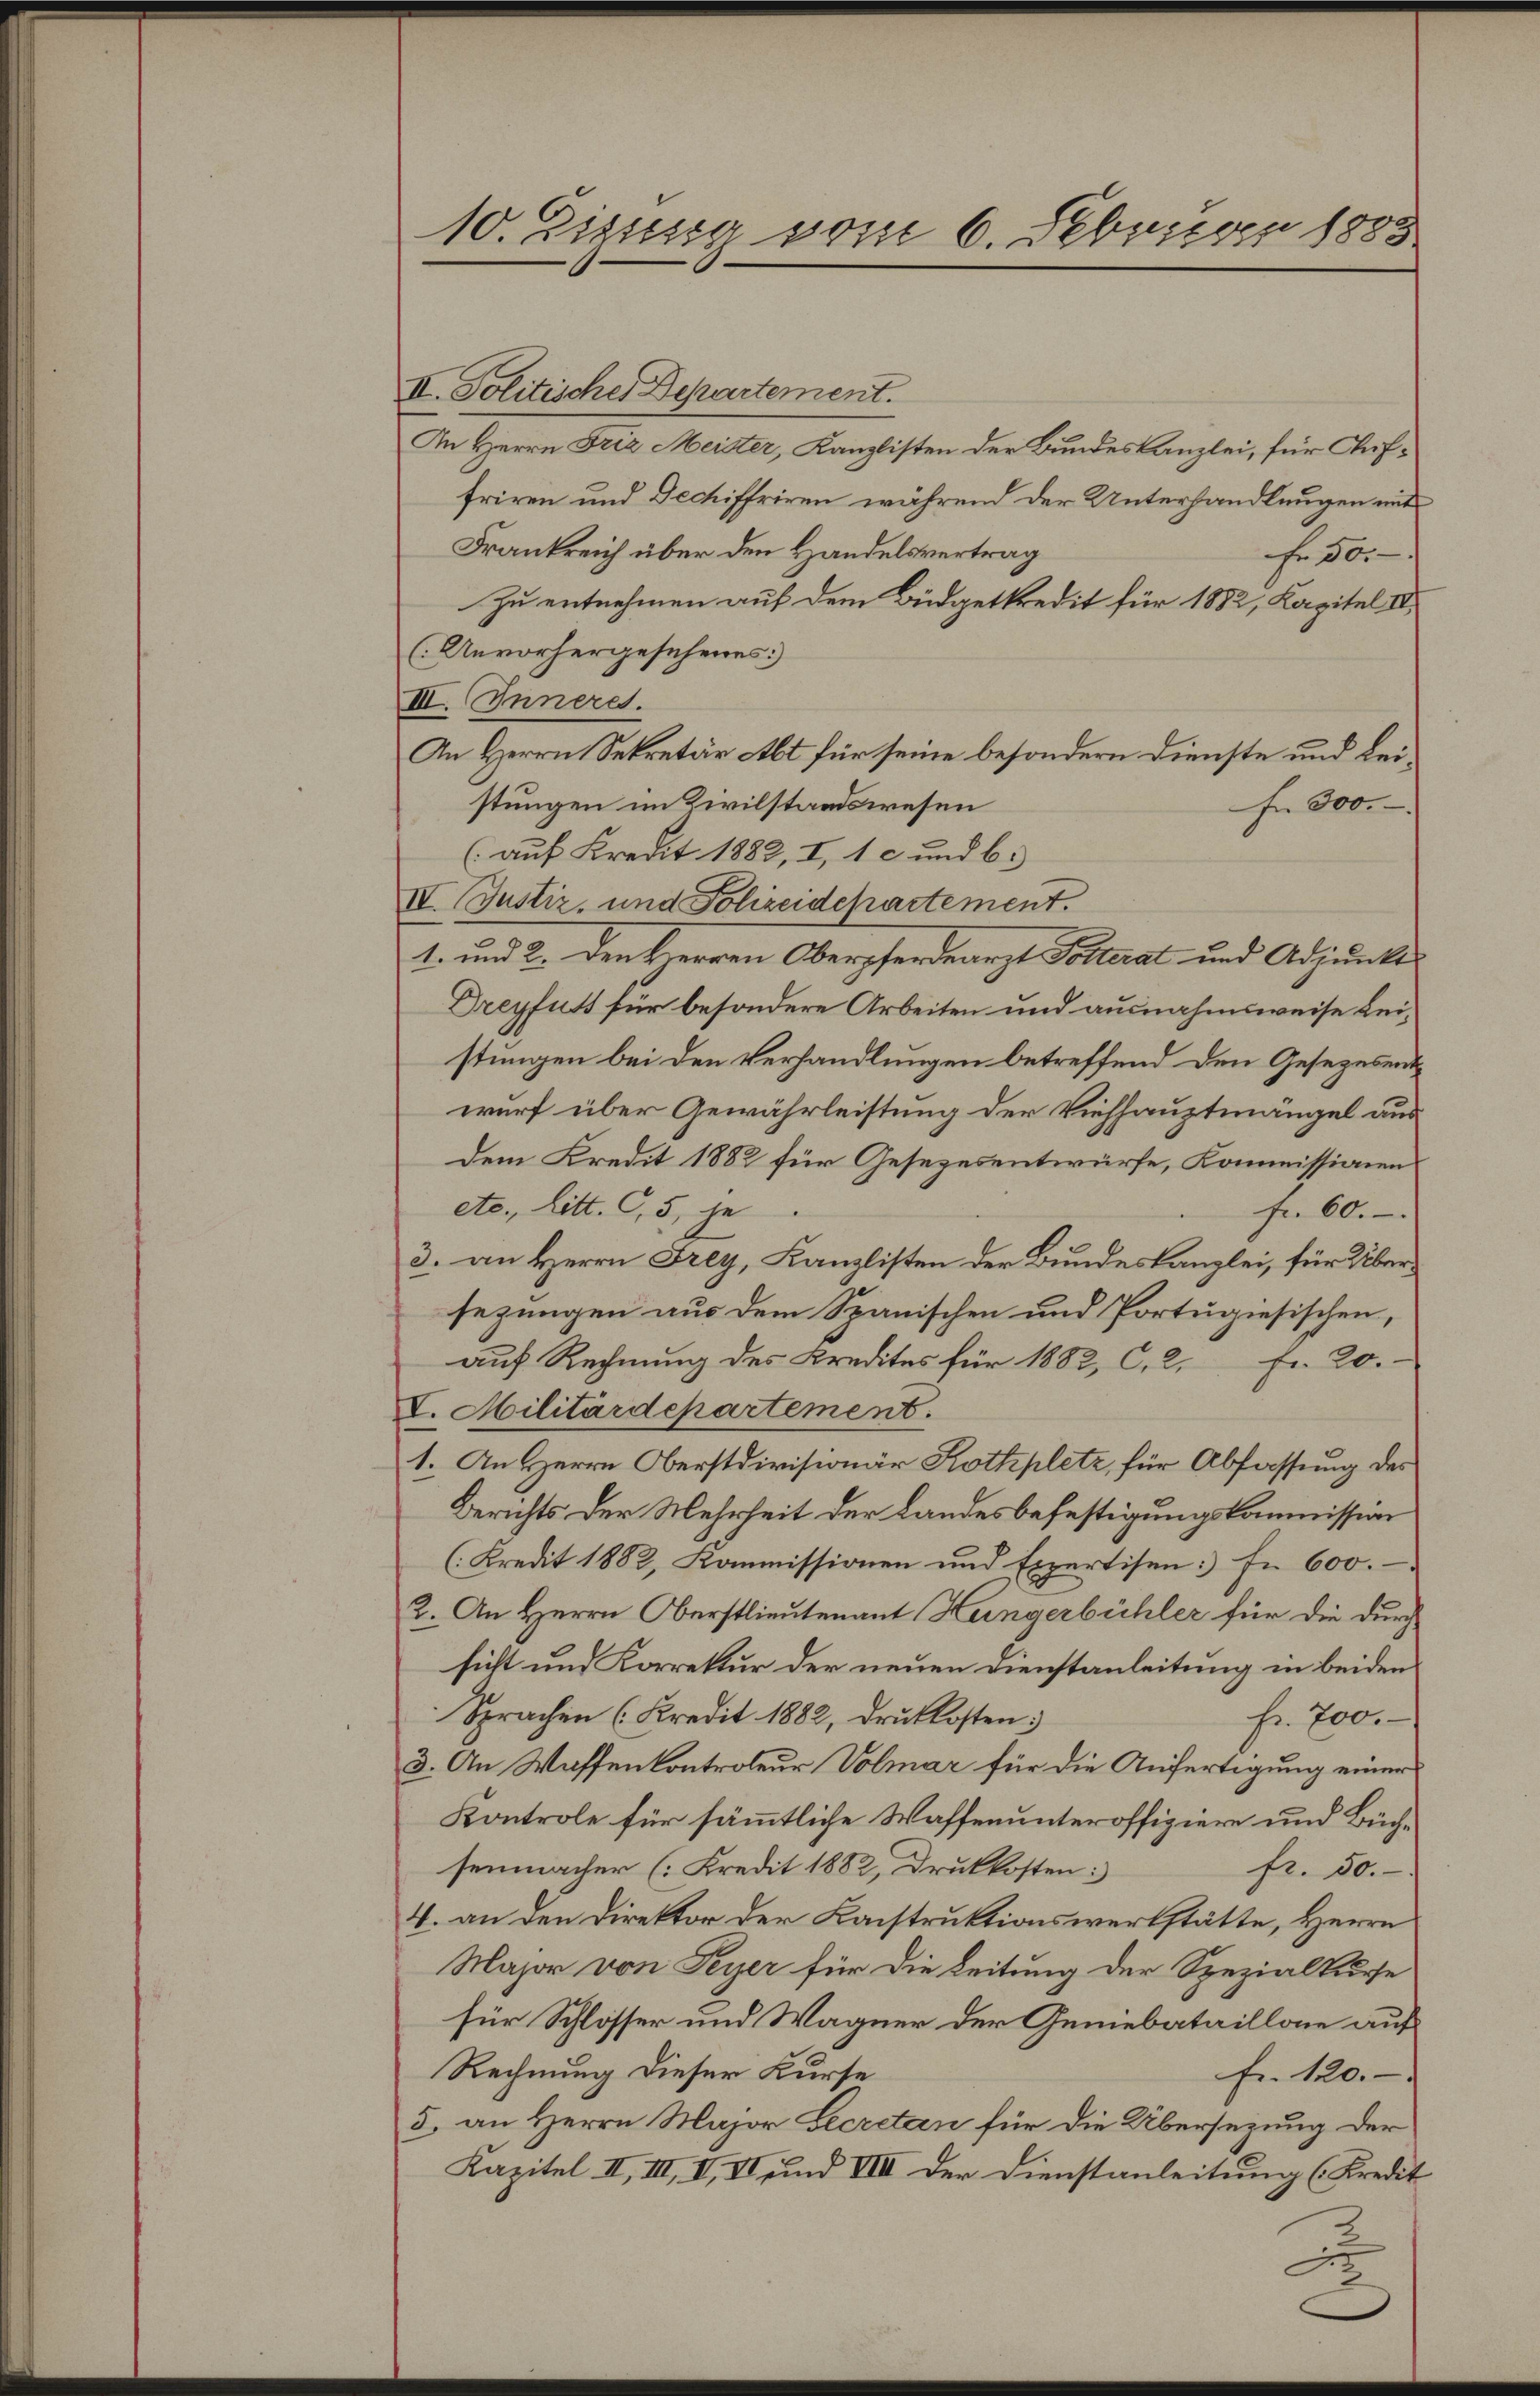
10. Eigung vom 6. Februar 1883

II. Politische Departement.
An Herrn Friz Meister, Kanzlisten der Bundeskanzlei, für Auffriren und Dechiffriren während der Unterhandlungen mit
Frankreich über den Handelsvertrag
Fr 50.
Zu entnehmen auf dem Büdgetkredit für 1882, Kapitel II.
(Unvorhergesehenes)
III. Inneres.
An Herrn Sekretär Abt für seine besondern Dienste und Leistungen im Civilstandswesen
Fn 300.
(auf Kredit 1882, I, 1 c und b.
II. Justiz, und Polizeidchartement.
1. und 2. Den Herren Oberpferdearzt Polterat und Adjunkt
Dreyfuss für besondere Arbeiten und ausnahmsweise Leistungen bei den Verhandlungen betreffend den Gesezesentwurf über Gewährleistung der Viehhauptmängel aus
Dem Kredit 1882 für Gesezesentwürfe, Kommissionen
etc., Litt. G,5, je
fr. 60.
3. an Herrn Frey, Kanzlisten der Bundeskanzlei, für Übersezungen aus dem Spanischen und Portugiesischen,
auf Rechnung des Kredites für 1882, C. 2. Fr. 20.
V. Militärdepartement.
1. An Herrn Oberstdivisionär Rothplatz, für Abfassung des
Berichts der Mehrheit der Landesbefestigungskommission
(Kredit 1882, Kommissionen und Expertisen fr. 600.
2. An Herrn Oberstlieutenant Hungerbühler für die durch
sicht und Korrektur der neuen Dienstanleitung in beiden
Sprachen (Kredit 1882, druckkosten;
fr. 700.
3. An Waffen Controleur Volmar für die Anfertigung einer
Kontrole für sämmtliche Waffenunteroffiziere und Büchsenmacher (: Kredit 1882, Druckkosten
fr. 50.
4. an den Direktor der Konstruktionswerkstätte, Herrn
Major von Feyer für die Leitung der Spezialkurse
für Schlosser und Wagner der Geniebataillone auf
Rechnung dieser Kurse
fr. 120.
5. an Herrn Major Lecretan für die Übersezung der
Kapitel II, III, I, VI und VIII der Dienstanleitung (Kredit
C
u